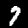
Digit: 7